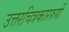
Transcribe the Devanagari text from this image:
उत्तरचित्रकाररुपी